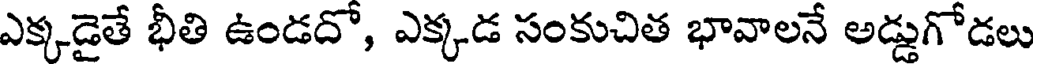
ఎక్కడైతే భీతి ఉండదో, ఎక్కడ సంకుచిత భావాలనే అడ్డుగోడలు